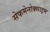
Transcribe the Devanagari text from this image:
सेफमेनोक्साइम